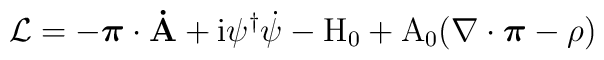
{\cal L}=-\mbox{\boldmath $\pi$}\bf\cdot\dot{A}\rm + i\psi^\dagger\dot{\psi}-H_{0}+        A_{0}(\nabla\cdot\mbox{\boldmath $\pi$}-\rho)